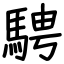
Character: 騁